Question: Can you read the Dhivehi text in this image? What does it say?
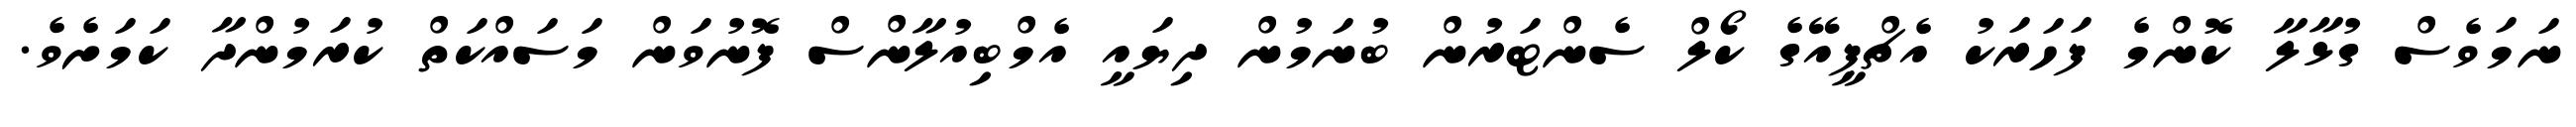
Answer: ނަމަވެސް ގުޅާލާ ކޮންމެ ފަހަރަކު އެޗްޕީއޭގެ ކޯލް ސެންޓަރުން ބުނަމުން ދިޔައީ އެމްބިއުލާންސް ފޮނުވަން މަސައްކަތް ކުރަމުންދާ ކަމަށެވެ.